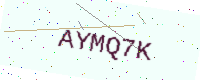
Text: AYMQ7K